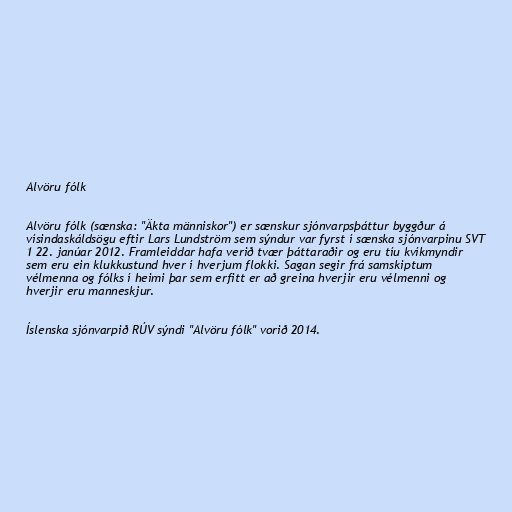
Alvöru fólk

Alvöru fólk (sænska: "Äkta människor") er sænskur sjónvarpsþáttur byggður á
vísindaskáldsögu eftir Lars Lundström sem sýndur var fyrst í sænska sjónvarpinu SVT
1 22. janúar 2012. Framleiddar hafa verið tvær þáttaraðir og eru tíu kvíkmyndir
sem eru ein klukkustund hver í hverjum flokki. Sagan segir frá samskiptum
vélmenna og fólks í heimi þar sem erfitt er að greina hverjir eru vélmenni og
hverjir eru manneskjur.

Íslenska sjónvarpið RÚV sýndi "Alvöru fólk" vorið 2014.